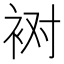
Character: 𰳸